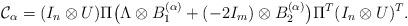
LaTeX: \begin{align*}{\mathcal{C}}_{\alpha} = (I_n \otimes U)\Pi \big(\Lambda \otimes B_1^{(\alpha)} + (-2I_{m}) \otimes B_2^{(\alpha)} \big) \Pi ^T(I_n \otimes U)^T.\end{align*}